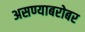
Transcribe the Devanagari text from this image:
असण्याबरोबर